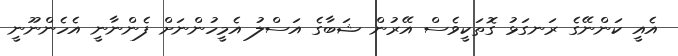
އެއީ ކަންނޭގެ ރަނގަޅު ގޮތަކީވެސް އޭރުން ޝަބާގެ އަސްލު އެމީހުންނަށް ފެންނާނީ އެހެންނޫނީ